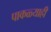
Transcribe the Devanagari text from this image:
पाकळ्याही